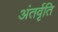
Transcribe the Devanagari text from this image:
अंतर्वृति